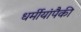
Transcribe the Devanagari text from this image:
धर्मीयांपैकी